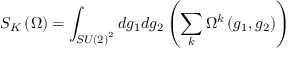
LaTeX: S _ { K } \left( \Omega \right) = \int _ { S U \left( 2 \right) ^ { 2 } } d g _ { 1 } d g _ { 2 } \left( \sum _ { k } \Omega ^ { k } \left( g _ { 1 } , g _ { 2 } \right) \right)